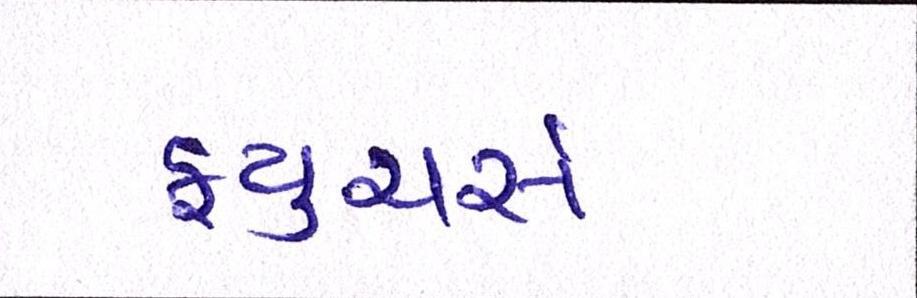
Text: ફ્યુચર્સ